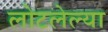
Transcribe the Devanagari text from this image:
लोटलेल्या